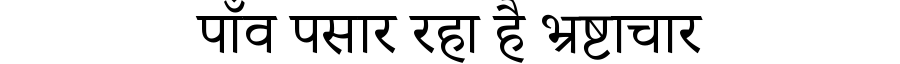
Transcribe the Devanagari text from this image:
पाँव पसार रहा है भ्रष्टाचार